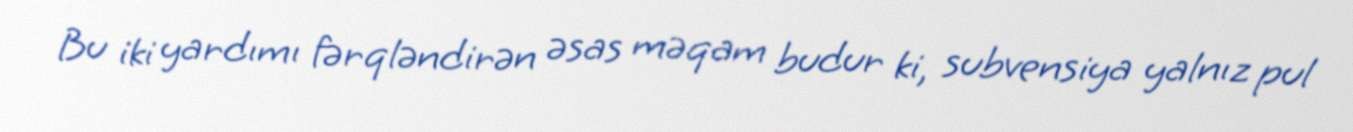
Bu iki yardımı fərqləndirən əsas məqam budur ki, subvensiya yalnız pul